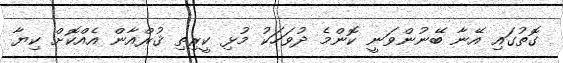
ގޮތުގައި އޭނާ ބޭނުންވަނީ ކޮންމެ ދުވަހަކު މުޅި ކީރިތި ޤުރްއާން އެއްކޮށް ކިޔާ